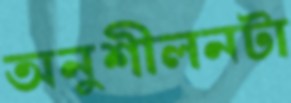
অনুশীলনটা